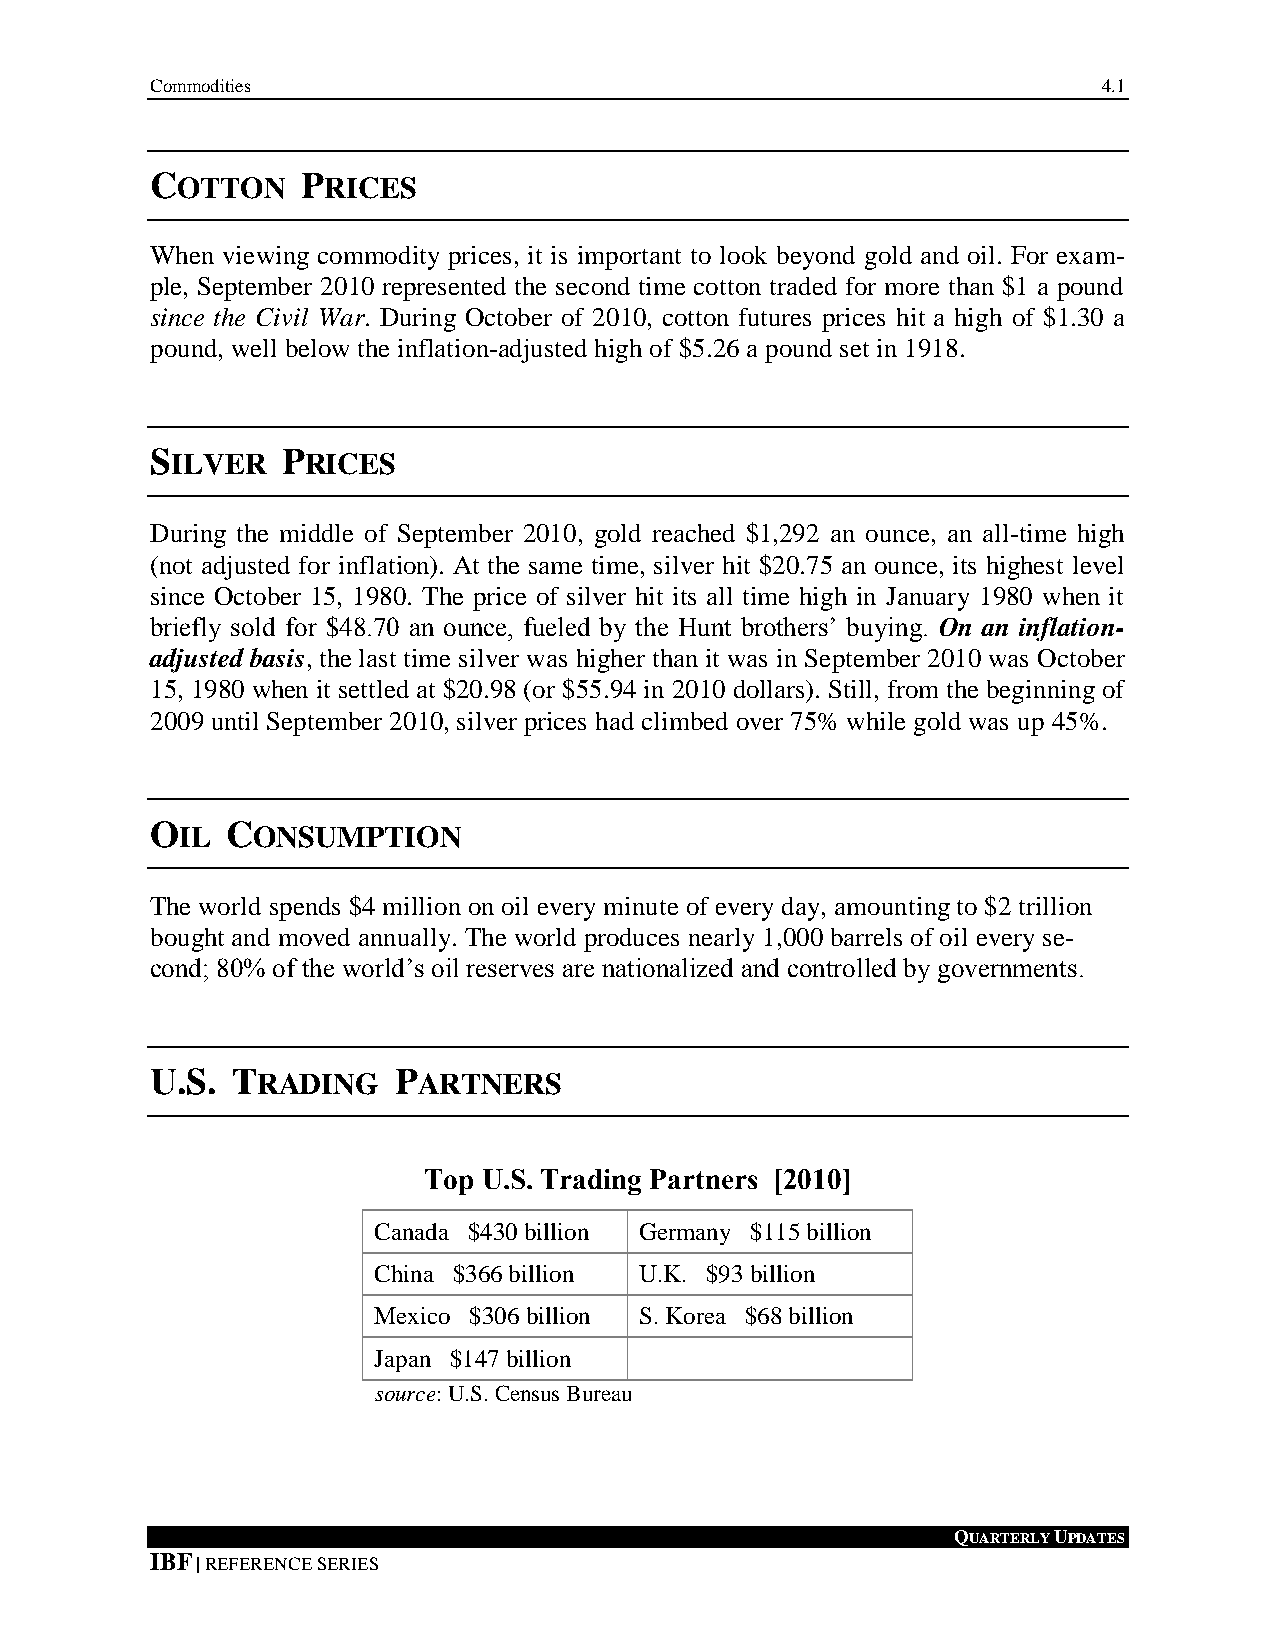
Commodities                                                    4.1
 4.COTTON   PRICES
 When viewing commodity prices, it is important to look beyond gold and oil. For exam-
 ple, September 2010 represented the second time cotton traded for more than $1 a pound
 since the Civil War. During October of 2010, cotton futures prices hit a high of $1.30 a
 pound, well below the inflation-adjusted high of $5.26 a pound set in 1918.
 SILVER   PRICES
 During the middle of September 2010, gold reached $1,292 an ounce, an all-time high
 (not adjusted for inflation). At the same time, silver hit $20.75 an ounce, its highest level
 since October 15, 1980. The price of silver hit its all time high in January 1980 when it
 briefly sold for $48.70 an ounce, fueled by the Hunt brothers’ buying. On an inflation-
 adjusted basis, the last time silver was higher than it was in September 2010 was October
 15, 1980 when it settled at $20.98 (or $55.94 in 2010 dollars). Still, from the beginning of
 2009 until September 2010, silver prices had climbed over 75% while gold was up 45%.
 OIL  CONSUMPTION
 The world spends $4 million on oil every minute of every day, amounting to $2 trillion
 bought and moved annually. The world produces nearly 1,000 barrels of oil every se-
 cond; 80% of the world’s oil reserves are nationalized and controlled by governments.
 U.S. TRADING    PARTNERS
 Top U.S. Trading Partners [2010]
 Canada $430 billion Germany $115 billion
 China $366 billion U.K. $93 billion
 Mexico $306 billion S. Korea $68 billion
 Japan $147 billion
 source: U.S. Census Bureau
 QUARTERLY UPDATES
 IBF | REFERENCE SERIES